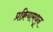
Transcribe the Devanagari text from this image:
प्रक्रियामधून